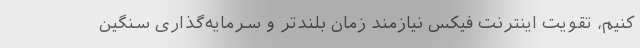
کنیم، تقویت اینترنت فیکس نیازمند زمان بلندتر و سرمایه‌گذاری سنگین